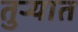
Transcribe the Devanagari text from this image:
तुर्‍यात